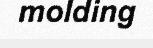
molding